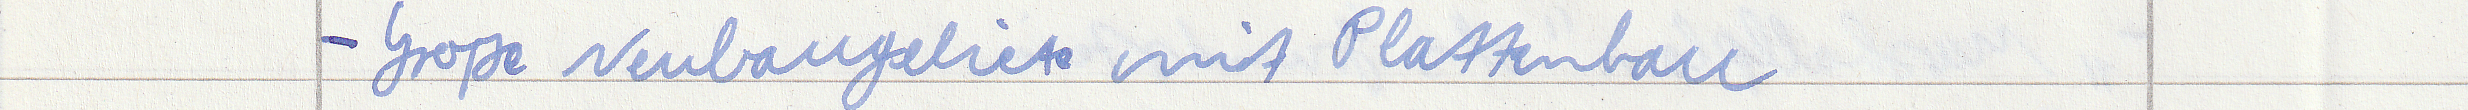
- Große Neubaugebiete mit Plattenbau